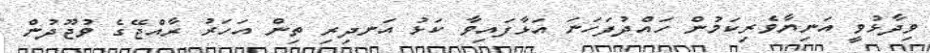
ވިދާޅުވީ އަނިޔާވެރިކަމުން ހައްދުފަހަނަ އަޅާފައިވާ ކަޅު އަނދިރި ތިން އަހަރު ރާއްޖޭގެ ވުޖޫދުން